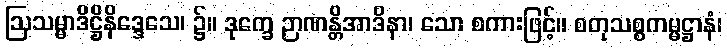
ဩသမ္မာဒိဋ္ဌိနိဒ္ဒေသေ၊ ၌။ ဒုက္ခေ ဉာဏန္တိအာဒိနာ၊ သော စကားဖြင့်။ စတုသစ္စကမ္မဋ္ဌာနံ၊